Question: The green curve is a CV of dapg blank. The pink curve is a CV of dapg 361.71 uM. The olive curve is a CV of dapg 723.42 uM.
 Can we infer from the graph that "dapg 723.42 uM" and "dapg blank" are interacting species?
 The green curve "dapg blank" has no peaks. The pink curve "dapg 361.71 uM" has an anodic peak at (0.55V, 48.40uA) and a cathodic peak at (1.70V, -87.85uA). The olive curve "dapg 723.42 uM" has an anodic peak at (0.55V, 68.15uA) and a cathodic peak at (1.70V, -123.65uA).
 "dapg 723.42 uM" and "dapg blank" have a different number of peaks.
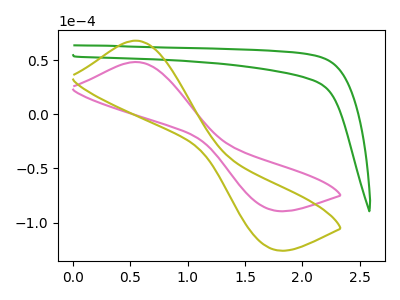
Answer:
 <answer>Yes, "dapg 723.42 uM" and "dapg blank" are different in shape.</answer>
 <eval>yes_change</eval>